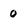
Character: 0